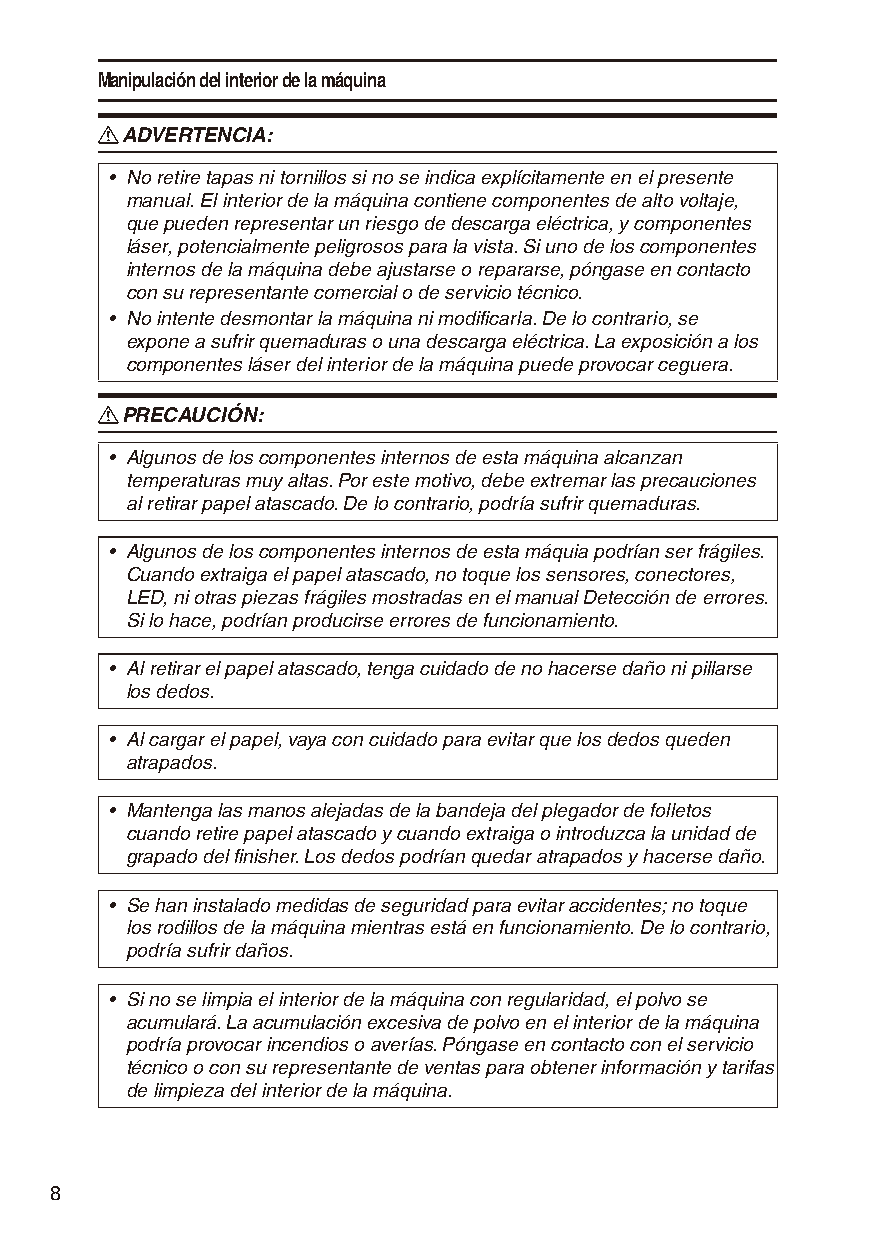
Manipulación del interior de la máquina
 R ADVERTENCIA:
 • No retire tapas ni tornillos si no se indica explícitamente en el presente
 manual. El interior de la máquina contiene componentes de alto voltaje,
 que pueden representar un riesgo de descarga eléctrica, y componentes
 láser, potencialmente peligrosos para la vista. Si uno de los componentes
 internos de la máquina debe ajustarse o repararse, póngase en contacto
 con su representante comercial o de servicio técnico.
 • No intente desmontar la máquina ni modificarla. De lo contrario, se
 expone a sufrir quemaduras o una descarga eléctrica. La exposición a los
 componentes láser del interior de la máquina puede provocar ceguera.
 R PRECAUCIÓN:
 • Algunos de los componentes internos de esta máquina alcanzan
 temperaturas muy altas. Por este motivo, debe extremar las precauciones
 al retirar papel atascado. De lo contrario, podría sufrir quemaduras.
 • Algunos de los componentes internos de esta máquia podrían ser frágiles.
 Cuando extraiga el papel atascado, no toque los sensores, conectores,
 LED, ni otras piezas frágiles mostradas en el manual Detección de errores.
 Si lo hace, podrían producirse errores de funcionamiento.
 • Al retirar el papel atascado, tenga cuidado de no hacerse daño ni pillarse
 los dedos.
 • Al cargar el papel, vaya con cuidado para evitar que los dedos queden
 atrapados.
 • Mantenga las manos alejadas de la bandeja del plegador de folletos
 cuando retire papel atascado y cuando extraiga o introduzca la unidad de
 grapado del finisher. Los dedos podrían quedar atrapados y hacerse daño.
 • Se han instalado medidas de seguridad para evitar accidentes; no toque
 los rodillos de la máquina mientras está en funcionamiento. De lo contrario,
 podría sufrir daños.
 • Si no se limpia el interior de la máquina con regularidad, el polvo se
 acumulará. La acumulación excesiva de polvo en el interior de la máquina
 podría provocar incendios o averías. Póngase en contacto con el servicio
 técnico o con su representante de ventas para obtener información y tarifas
 de limpieza del interior de la máquina.
 8